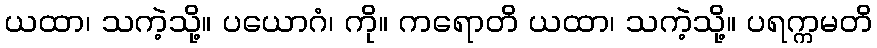
ယထာ၊ သကဲ့သို့။ ပယောဂံ၊ ကို။ ကရောတိ ယထာ၊ သကဲ့သို့။ ပရက္ကမတိ